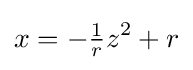
x=-{\tfrac {1}{r}}z^{2}+r